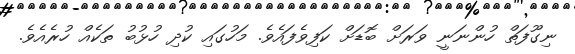
ނިގޫފަތް ހުންނަނީ ވަރަށް ބޮޑަށް ކަފިވެފައެވެ. މަހުގައި ކުދި ހުޅުބު ތަކެއް ހުރެއެވެ.